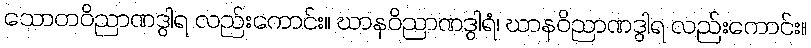
သောတဝိညာဏဒွါရ လည်းကောင်း။ ဃာနဝိညာဏဒွါရံ၊ ဃာနဝိညာဏဒွါရ လည်းကောင်း။